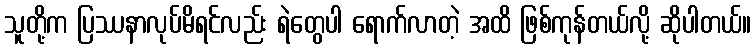
သူတို့က ပြဿနာလုပ်မိရင်လည်း ရဲတွေပါ ရောက်လာတဲ့ အထိ ဖြစ်ကုန်တယ်လို့ ဆိုပါတယ်။